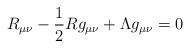
LaTeX: \begin{align*}R_{\mu\nu}-\frac{1}{2}R g_{\mu\nu}+ \Lambda g_{\mu\nu}=0\end{align*}